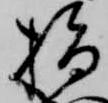
指